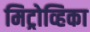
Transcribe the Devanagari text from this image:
मिट्रोव्हिका